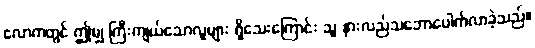
လောကတွင် ဤမျှ ကြီးကျယ်သောလူများ ရှိသေးကြောင်း သူ နားလည်သဘောပေါက်လာခဲ့သည်။